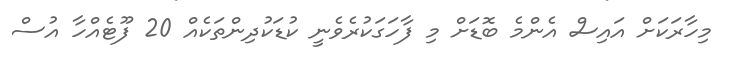
މިހާރަކަށް އައިސް އެންމެ ބޮޑަށް މި ފާހަގަކުރެވެނީ ކުޑަކުދިންތަކެއް 20 ފޫޓެއްހާ އުސް